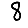
Digit: 8